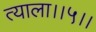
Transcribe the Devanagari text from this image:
त्याला।।५।।